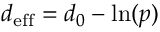
d _ { \mathrm { e f f } } = d _ { 0 } - \ln ( p )